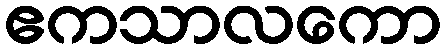
ဧကသာလကော